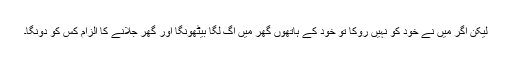
لیکن اگر میں نے خود کو نہیں روکا تو خود کے ہاتھوں گھر میں آگ لگا بیٹھونگا اور گھر جلانے کا الزام کس کو دونگا۔